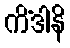
ကိံဒါနိ